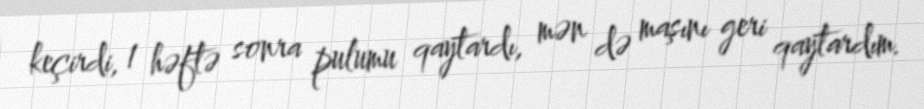
keçirdi, 1 həftə sonra pulumu qaytardı, mən də maşını geri qaytardım.